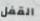
القفل